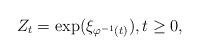
LaTeX: \begin{align*}Z_t=\exp(\xi_{\varphi^{-1}(t)}),t\geq 0,\end{align*}